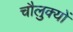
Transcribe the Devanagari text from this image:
चौलुक्यों